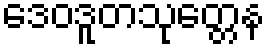
ဒေဝဒူတသုတ္တေန